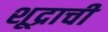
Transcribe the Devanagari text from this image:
शूद्राची